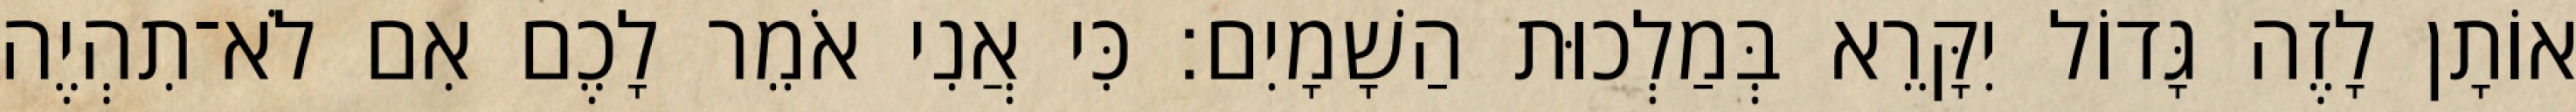
אוֹתָן לָזֶה גָּדוֹל יִקָּרֵא בְּמַלְכוּת הַשָׁמָיִם׃ כִּי אֲנִי אֹמֵר לָכֶם אִם לֹא־תִהְיֶה